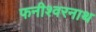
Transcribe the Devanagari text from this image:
फनीश्वरनाथ